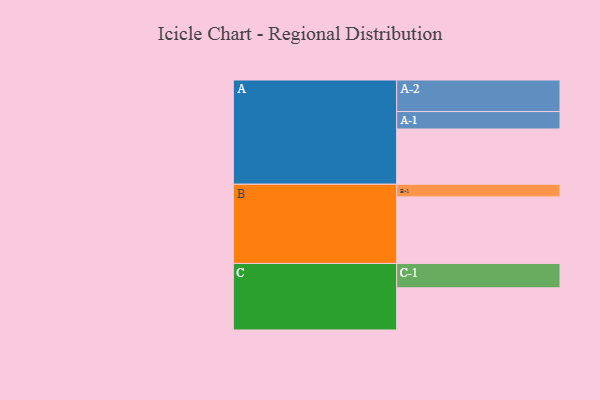
{"axis": {"x": "Segment", "y": "Value"}, "legend": ["", "A", "B", "C"], "data": [{"x": "A", "y": 494, "type": ""}, {"x": "B", "y": 595, "type": ""}, {"x": "C", "y": 377, "type": ""}, {"x": "A-1", "y": 156, "type": "A"}, {"x": "A-2", "y": 282, "type": "A"}, {"x": "B-1", "y": 113, "type": "B"}, {"x": "C-1", "y": 218, "type": "C"}]}